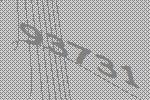
93731